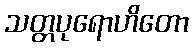
သတ္တပုရောဟိတော